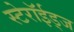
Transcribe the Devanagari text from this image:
स्टेरॉईड्ज